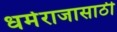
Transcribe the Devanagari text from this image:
धर्मराजासाठी